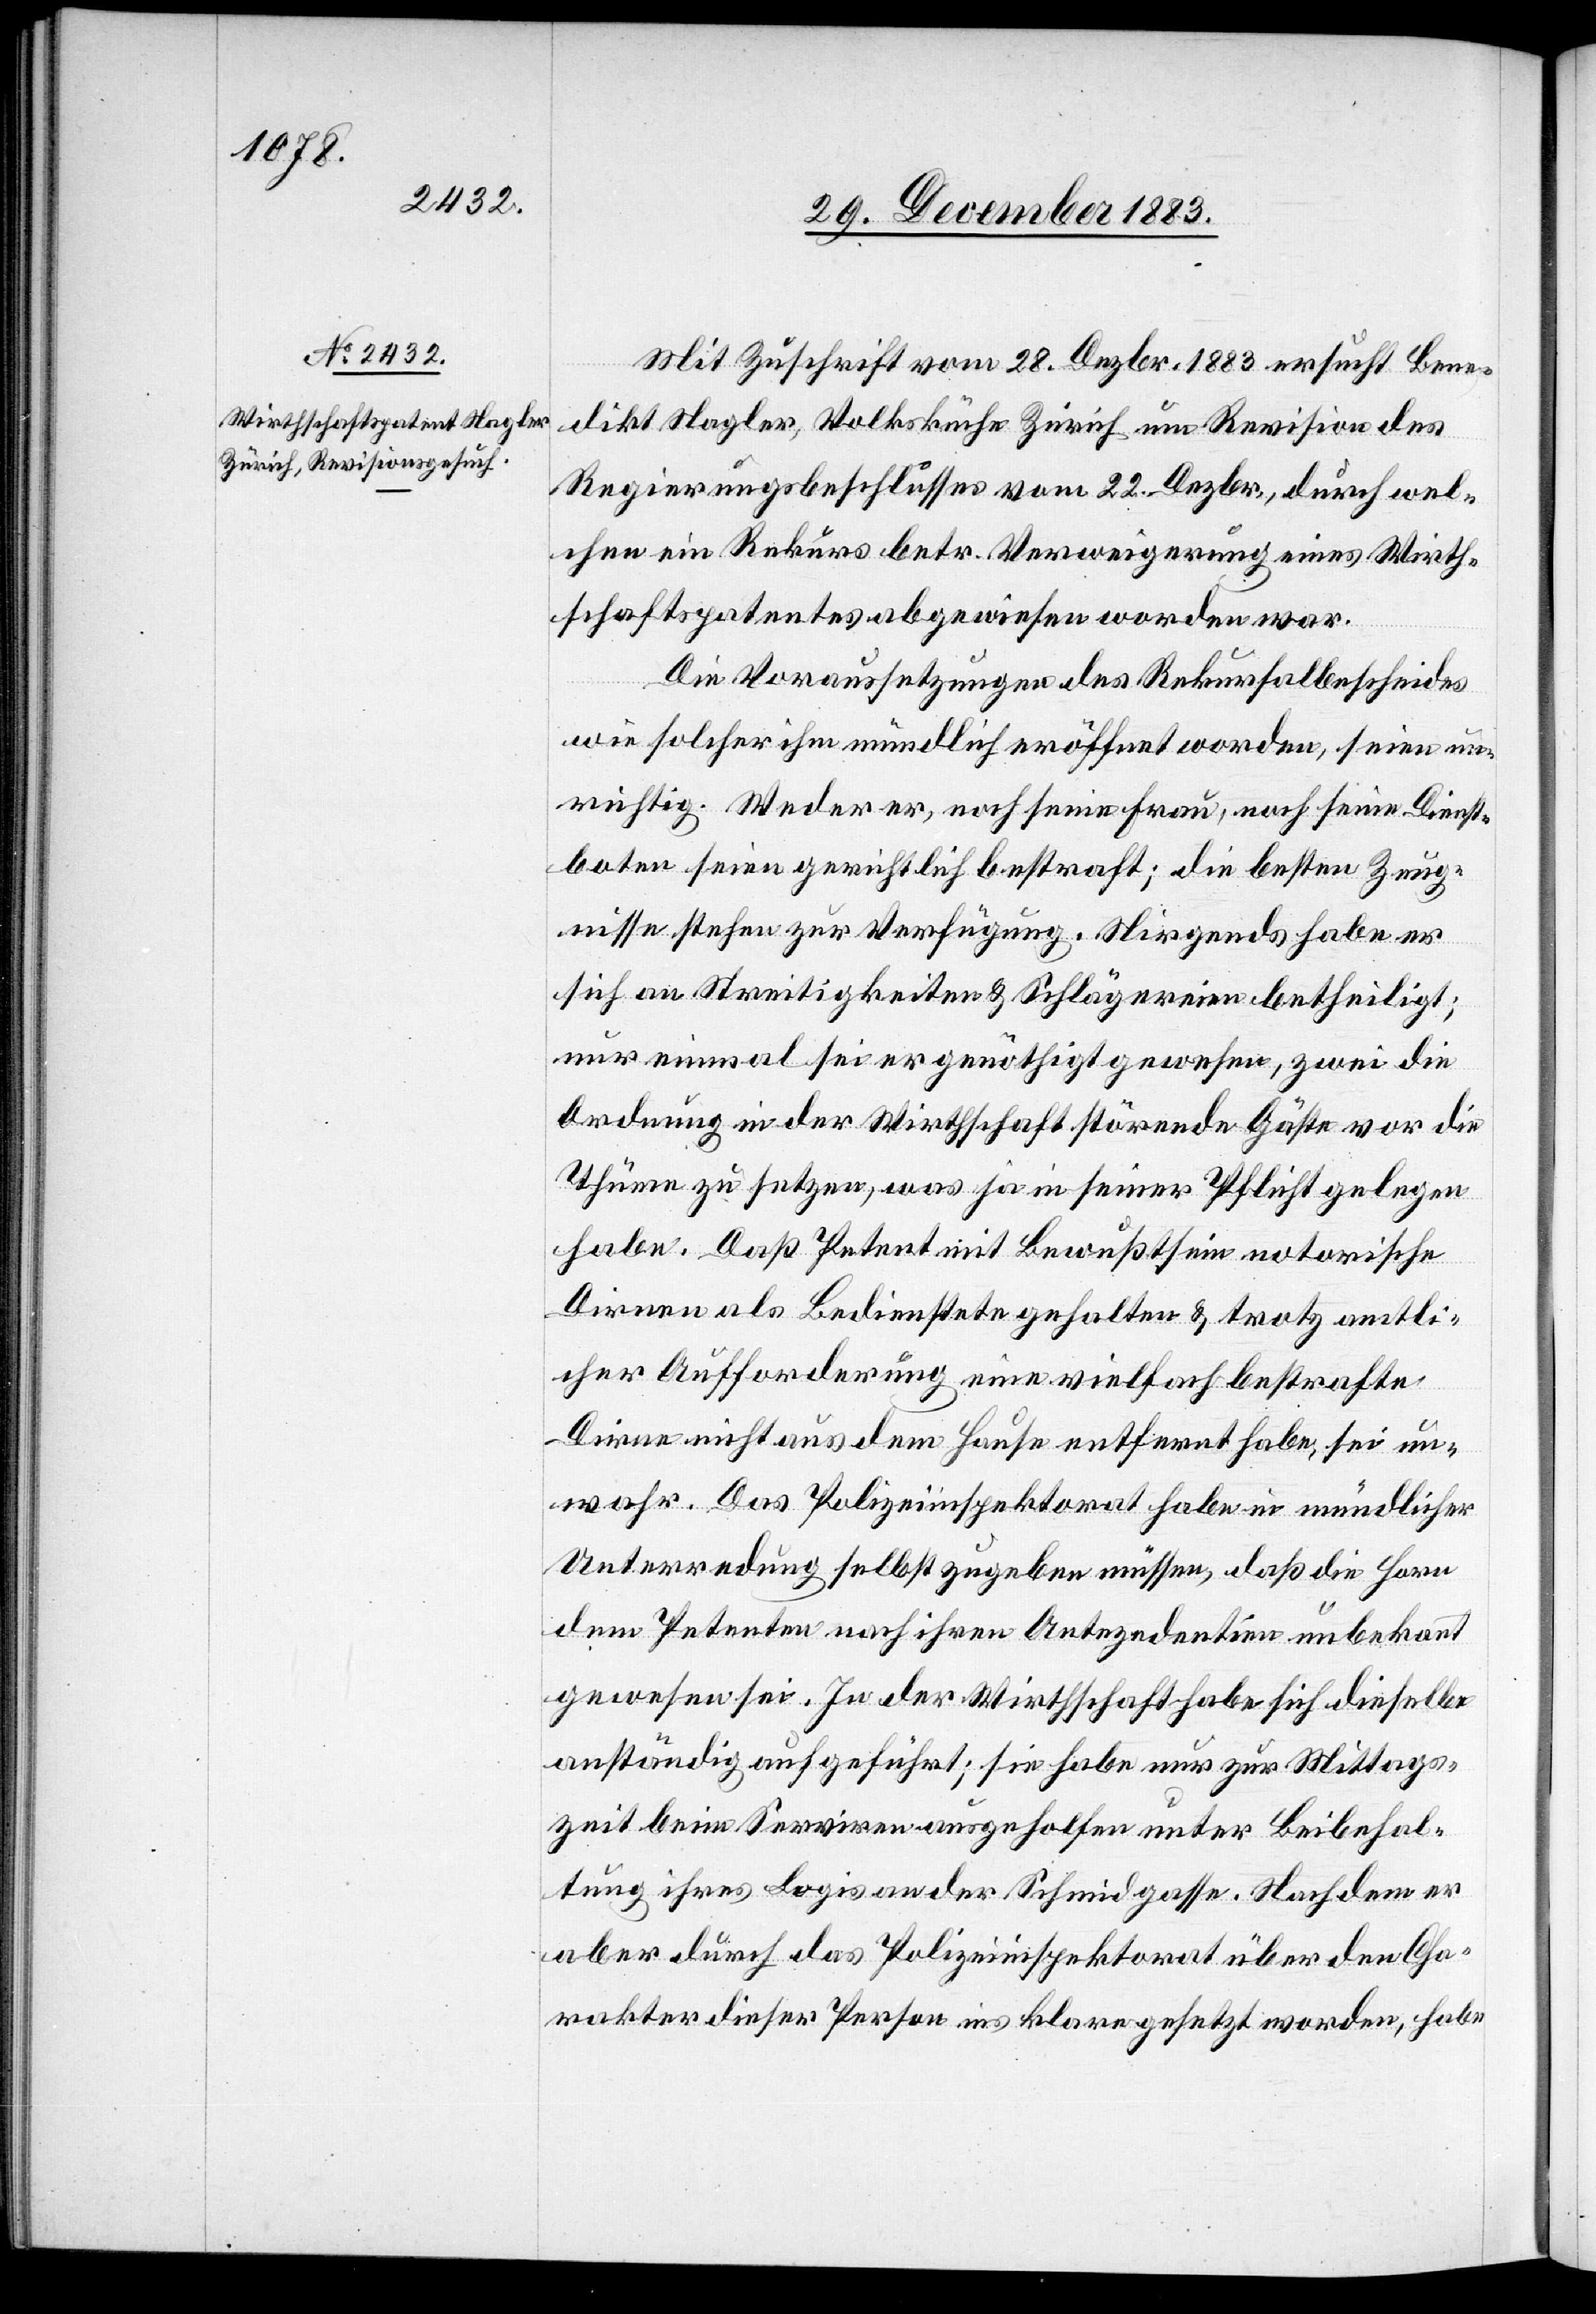
31. December 1883.]
Mit Zuschrift vom 28. Dezbr. 1883 ersucht Bene¬
dikt Nagler, Volksküche Zürich um Revision des
Regierungsbeschlusses vom 22. Dezbr., durch wel¬
chen ein Rekurs betr. Verweigerung eines Wirth¬
schaftspatentes abgewiesen worden war.
Die Voraussetzungen des Rekursalbescheides
wie solcher ihm mündlich eröffnet worden, seien un¬
richtig. Weder er, noch seine Frau, noch seine Dienst¬
boten seien gerichtlich bestraft; die besten Zeug¬
nisse stehen zur Verfügung. Nirgends habe er
sich an Streitigkeiten & Schlägereien betheiligt;
nur einmal sei er genöthigt gewesen, zwei die
Ordnung in der Wirthschaft störende Gäste vor die
Thüre zu setzen, was ja in seiner Pflicht gelegen
habe. Daß Petent mit Bewußtsein notorische
Dirnen als Bedienstete gehalten & trotz amtli¬
cher Aufforderung eine vielfach bestrafte
Dirne nicht aus dem Hause entfernt habe, sei un¬
wahr. Das Polizeiinspektorat habe in mündlicher
Unterredung selbst zugeben müssen, daß die Horn
dem Petenten nach ihren Antezedentien unbekannt
gewesen sei. In der Wirthschaft habe sich dieselbe
anständig aufgeführt; sie habe nur zur Mittags¬
zeit beim Serviren ausgeholfen unter Beibehal¬
tung ihres Logis an der Schmidgasse. Nachdem er
aber durch das Polizeiinspektorat über den Cha¬
rakter dieser Person ins klare gesetzt worden, habe